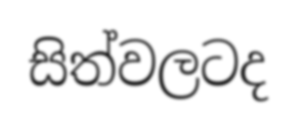
සිත්වලටද